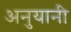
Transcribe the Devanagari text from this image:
अनुयानी